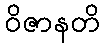
ဝိဇာနတိ